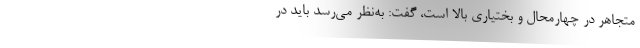
متجاهر در چهارمحال و بختیاری بالا است، گفت: به‌نظر می‌رسد باید در